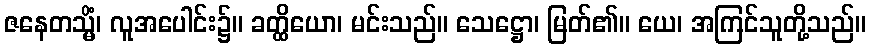
ဇနေတသ္မိံ၊ လူအပေါင်း၌။ ခတ္ထိယော၊ မင်းသည်။ သေဋ္ဌော၊ မြတ်၏။ ယေ၊ အကြင်သူတို့သည်။